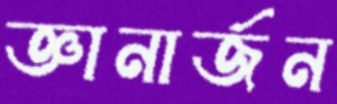
জ্ঞানার্জন